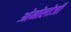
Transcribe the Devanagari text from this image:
ओनोलोजी